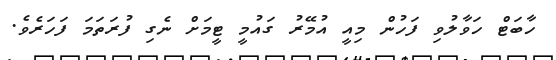
ހާބަޓް ހަވާލުވި ފަހުން މިއީ އުމޭރު ގައުމީ ޓީމަށް ނެގި ފުރަތަމަ ފަހަރެވެ.